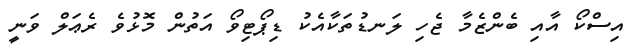
އިސްކޯ އާއި ބެންޒެމާ ޖެހި ލަނޑުތަކާއެކު ޑިޕޯޓިވޯ އަތުން މޮޅުވެ ރެޢަލް ވަނީ